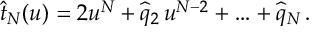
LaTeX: \widehat t _ { N } ( u ) = 2 u ^ { N } + \widehat q _ { 2 } \, u ^ { N - 2 } + \ldots + \widehat q _ { N } \, .